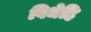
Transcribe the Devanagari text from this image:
विधेहि